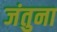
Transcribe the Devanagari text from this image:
जंतुना